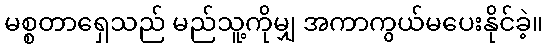
မစ္စတာရှေသည် မည်သူ့ကိုမျှ အကာကွယ်မပေးနိုင်ခဲ့။